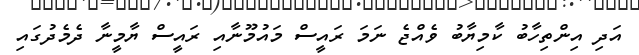
އަދި އިންތިހާބު ކާމިޔާބު ވެއްޖެ ނަމަ ރައީސް މައުމޫނާއި ރައީސް ޔާމީނާ ދެމެދުގައި